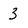
Character: 3